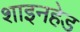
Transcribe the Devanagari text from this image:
शाइनहेड